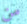
من